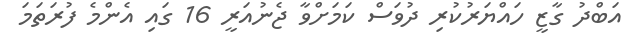
އަބްދު ގާޒީ ހައްޔަރުކުރި ދުވަސް ކަމަށްވާ ޖެނުއަރީ 16 ގައި އެންމެ ފުރަތަމަ